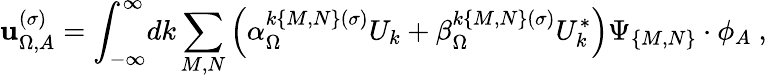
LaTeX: \mathbf{u}_{\Omega,A}^{(\sigma)}=\int_{-\infty}^{\infty}\! dk\sum_{M,N}\left(\alpha_{\Omega}^{k\{ M,N\} (\sigma)}U_{k}+\beta_{\Omega}^{k\{ M,N\} (\sigma)}U_{k}^{*}\right)\Psi_{\{ M,N\} }\cdot\phi_{A}\ ,